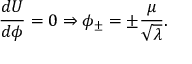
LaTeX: \frac { d U } { d \phi } = 0 \Rightarrow \phi _ { \pm } = \pm \frac { \mu } { \sqrt { \lambda } } .